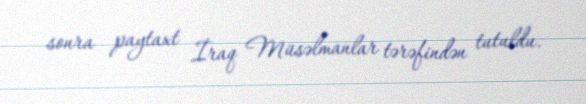
sonra paytaxt İraq Müsəlmanlar tərəfindən tutuldu.